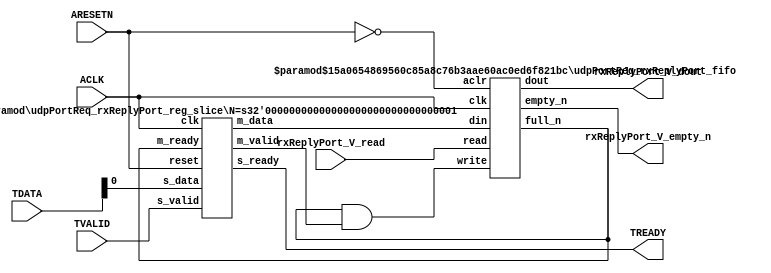
// ==============================================================
// File generated by Vivado(TM) HLS - High-Level Synthesis from C, C++ and SystemC
// Version: 2016.3
// Copyright (C) 1986-2016 Xilinx, Inc. All Rights Reserved.
// 
// ==============================================================


`timescale 1ns/1ps

module udpPortReq_rxReplyPort_if (
    // AXI4-Stream singals
    input  wire       ACLK,
    input  wire       ARESETN,
    input  wire       TVALID,
    output wire       TREADY,
    input  wire [7:0] TDATA,
    // User signals
    output wire [0:0] rxReplyPort_V_dout,
    output wire       rxReplyPort_V_empty_n,
    input  wire       rxReplyPort_V_read
);
//------------------------Local signal-------------------
// FIFO
wire [0:0] fifo_write;
wire [0:0] fifo_full_n;
wire [0:0] rxReplyPort_V_din;
wire [0:0] rxReplyPort_V_full_n;
// register slice
wire [0:0] s_valid;
wire [0:0] s_ready;
wire [0:0] s_data;
wire [0:0] m_valid;
wire [0:0] m_ready;
wire [0:0] m_data;

//------------------------Instantiation------------------
// rs
udpPortReq_rxReplyPort_reg_slice #(
    .N       ( 1 )
) rs (
    .clk     ( ACLK ),
    .reset   ( ARESETN ),
    .s_data  ( s_data ),
    .s_valid ( s_valid ),
    .s_ready ( s_ready ),
    .m_data  ( m_data ),
    .m_valid ( m_valid ),
    .m_ready ( m_ready )
);

// rxReplyPort_V_fifo
udpPortReq_rxReplyPort_fifo #(
    .DATA_BITS  ( 1 ),
    .DEPTH_BITS ( 4 )
) rxReplyPort_V_fifo (
    .clk        ( ACLK ),
    .aclr       ( ~ARESETN ),
    .empty_n    ( rxReplyPort_V_empty_n ),
    .full_n     ( rxReplyPort_V_full_n ),
    .read       ( rxReplyPort_V_read ),
    .write      ( fifo_write ),
    .dout       ( rxReplyPort_V_dout ),
    .din        ( rxReplyPort_V_din )
);

//------------------------Body---------------------------
//++++++++++++++++++++++++AXI4-Stream++++++++++++++++++++
assign TREADY = s_ready;

//+++++++++++++++++++++++++++++++++++++++++++++++++++++++

//++++++++++++++++++++++++Reigister Slice++++++++++++++++
assign s_valid = TVALID;
assign m_ready = fifo_full_n;
assign s_data  = {TDATA[0:0]};

//+++++++++++++++++++++++++++++++++++++++++++++++++++++++

//++++++++++++++++++++++++FIFO+++++++++++++++++++++++++++
assign fifo_write        = fifo_full_n & m_valid;
assign rxReplyPort_V_din = m_data[0:0];
assign fifo_full_n       = rxReplyPort_V_full_n;

//+++++++++++++++++++++++++++++++++++++++++++++++++++++++

endmodule



`timescale 1ns/1ps

module udpPortReq_rxReplyPort_fifo
#(parameter
    DATA_BITS  = 8,
    DEPTH_BITS = 4
)(
    input  wire                 clk,
    input  wire                 aclr,
    output wire                 empty_n,
    output wire                 full_n,
    input  wire                 read,
    input  wire                 write,
    output wire [DATA_BITS-1:0] dout,
    input  wire [DATA_BITS-1:0] din
);
//------------------------Parameter----------------------
localparam
    DEPTH = 1 << DEPTH_BITS;
//------------------------Local signal-------------------
reg                   empty;
reg                   full;
reg  [DEPTH_BITS-1:0] index;
reg  [DATA_BITS-1:0]  mem[0:DEPTH-1];
//------------------------Body---------------------------
assign empty_n = ~empty;
assign full_n  = ~full;
assign dout    = mem[index];

// empty
always @(posedge clk or posedge aclr) begin
    if (aclr)
        empty <= 1'b1;
    else if (empty & write & ~read)
        empty <= 1'b0;
    else if (~empty & ~write & read & (index==1'b0))
        empty <= 1'b1;
end

// full
always @(posedge clk or posedge aclr) begin
    if (aclr)
        full <= 1'b0;
    else if (full & read & ~write)
        full <= 1'b0;
    else if (~full & ~read & write & (index==DEPTH-2'd2))
        full <= 1'b1;
end

// index
always @(posedge clk or posedge aclr) begin
    if (aclr)
        index <= {DEPTH_BITS{1'b1}};
    else if (~empty & ~write & read)
        index <= index - 1'b1;
    else if (~full & ~read & write)
        index <= index + 1'b1;
end

// mem
always @(posedge clk) begin
    if (~full & write) mem[0] <= din;
end

genvar i;
generate
    for (i = 1; i < DEPTH; i = i + 1) begin : gen_sr
        always @(posedge clk) begin
            if (~full & write) mem[i] <= mem[i-1];
        end
    end
endgenerate

endmodule

`timescale 1ns/1ps

module udpPortReq_rxReplyPort_reg_slice
#(parameter
    N = 8   // data width
) (
    // system signals
    input  wire         clk,
    input  wire         reset,
    // slave side
    input  wire [N-1:0] s_data,
    input  wire         s_valid,
    output wire         s_ready,
    // master side
    output wire [N-1:0] m_data,
    output wire         m_valid,
    input  wire         m_ready
);
//------------------------Parameter----------------------
// state
localparam [1:0]
    ZERO = 2'b10,
    ONE  = 2'b11,
    TWO  = 2'b01;
//------------------------Local signal-------------------
reg  [N-1:0] data_p1;
reg  [N-1:0] data_p2;
wire         load_p1;
wire         load_p2;
wire         load_p1_from_p2;
reg          s_ready_t;
reg  [1:0]   state;
reg  [1:0]   next;
//------------------------Body---------------------------
assign s_ready = s_ready_t;
assign m_data  = data_p1;
assign m_valid = state[0];

assign load_p1 = (state == ZERO && s_valid) ||
                 (state == ONE && s_valid && m_ready) ||
                 (state == TWO && m_ready);
assign load_p2 = s_valid & s_ready;
assign load_p1_from_p2 = (state == TWO);

// data_p1
always @(posedge clk) begin
    if (load_p1) begin
        if (load_p1_from_p2)
            data_p1 <= data_p2;
        else
            data_p1 <= s_data;
    end
end

// data_p2
always @(posedge clk) begin
    if (load_p2) data_p2 <= s_data;
end

// s_ready_t
always @(posedge clk) begin
    if (~reset)
        s_ready_t <= 1'b0;
    else if (state == ZERO)
        s_ready_t <= 1'b1;
    else if (state == ONE && next == TWO)
        s_ready_t <= 1'b0;
    else if (state == TWO && next == ONE)
        s_ready_t <= 1'b1;
end

// state
always @(posedge clk) begin
    if (~reset)
        state <= ZERO;
    else
        state <= next;
end

// next
always @(*) begin
    case (state)
        ZERO:
            if (s_valid & s_ready)
                next = ONE;
            else
                next = ZERO;
        ONE:
            if (~s_valid & m_ready)
                next = ZERO;
            else if (s_valid & ~m_ready)
                next = TWO;
            else
                next = ONE;
        TWO:
            if (m_ready)
                next = ONE;
            else
                next = TWO;
        default:
            next = ZERO;
    endcase
end

endmodule